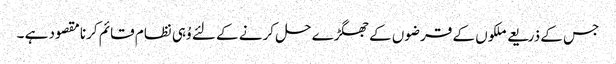
جس کے ذریعے ملکوں کے قرضوں کے جھگڑے حل کرنے کے لئے وُہی نظام قائم کرنا مقصود ہے ۔